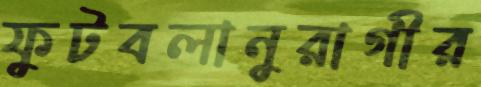
ফুটবলানুরাগীর